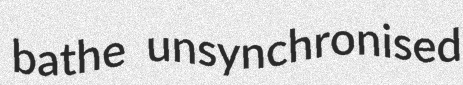
bathe unsynchronised